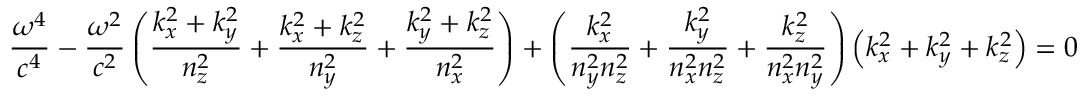
{ \frac { \omega ^ { 4 } } { c ^ { 4 } } } - { \frac { \omega ^ { 2 } } { c ^ { 2 } } } \left( { \frac { k _ { x } ^ { 2 } + k _ { y } ^ { 2 } } { n _ { z } ^ { 2 } } } + { \frac { k _ { x } ^ { 2 } + k _ { z } ^ { 2 } } { n _ { y } ^ { 2 } } } + { \frac { k _ { y } ^ { 2 } + k _ { z } ^ { 2 } } { n _ { x } ^ { 2 } } } \right) + \left( { \frac { k _ { x } ^ { 2 } } { n _ { y } ^ { 2 } n _ { z } ^ { 2 } } } + { \frac { k _ { y } ^ { 2 } } { n _ { x } ^ { 2 } n _ { z } ^ { 2 } } } + { \frac { k _ { z } ^ { 2 } } { n _ { x } ^ { 2 } n _ { y } ^ { 2 } } } \right) \left( k _ { x } ^ { 2 } + k _ { y } ^ { 2 } + k _ { z } ^ { 2 } \right) = 0